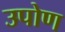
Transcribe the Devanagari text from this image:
उपोण